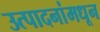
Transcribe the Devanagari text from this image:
उत्पादनांमधून